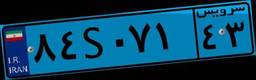
۸۴S۰۷۱۴۳